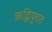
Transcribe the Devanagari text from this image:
ऋद्धिपुरात